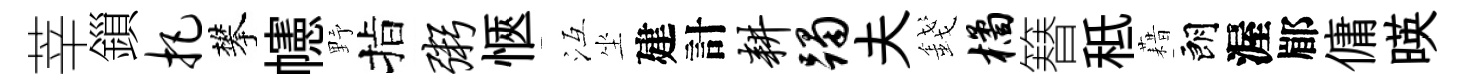
莘鎻把攀幰野指粥愜冱坐建計耕躅夫錢橘簮秪藉朗渥郿傭暎